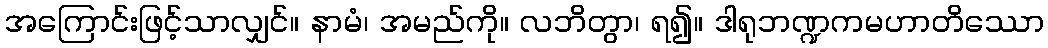
အကြောင်းဖြင့်သာလျှင်။ နာမံ၊ အမည်ကို။ လဘိတွာ၊ ရ၍။ ဒါရုဘဏ္ဍကမဟာတိဿော